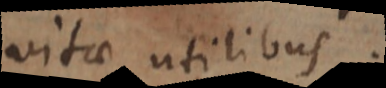
vitae utilibus.